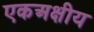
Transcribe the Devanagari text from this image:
एकअक्षीय